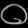
Digit: ၀